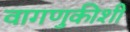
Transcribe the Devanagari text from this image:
वागणुकीशी